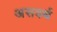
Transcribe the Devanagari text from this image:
असवर्थ